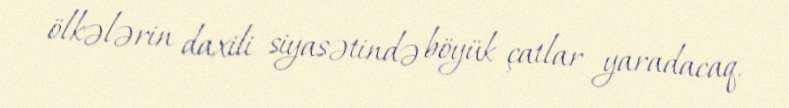
ölkələrin daxili siyasətində böyük çatlar yaradacaq.